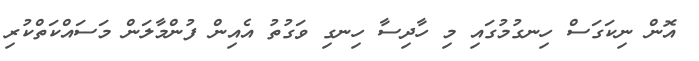
އޮން ނިކަގަސް ހިނގުމުގައި މި ހާދިސާ ހިނގި ވަގުތު އެއިން ފުންމާލަން މަސައްކަތްކުރި